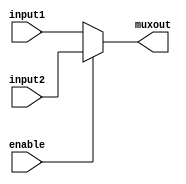
module mux2(input1,input2,enable,muxout);
input[15:0] input1,input2;
input enable;
output wire[15:0] muxout;

assign muxout=(enable)?input2:input1;
endmodule